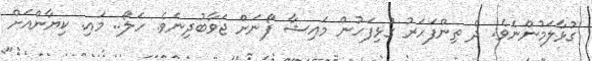
ގުޅާލަމުންނެވެ. ދެ ތިންފަހަރު ގުޅިފަހުން މައިޝާ ފޯނަށް ޖަވާބުދިނެވެ. ހަލޯ.. މައި. ކިޔާންއަށް